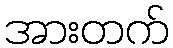
အားတက်